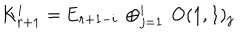
K _ { r + 1 } ^ { i } = \mathrm { E } _ { r + 1 - i } \, \oplus _ { j = 1 } ^ { i } \, \mathrm { O } ( 1 , 1 ) _ { j }